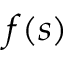
f ( s )